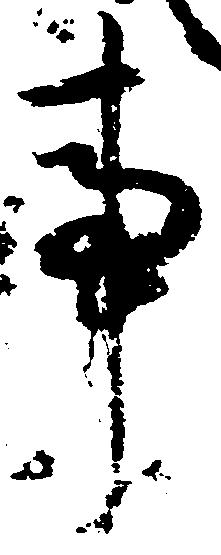
事